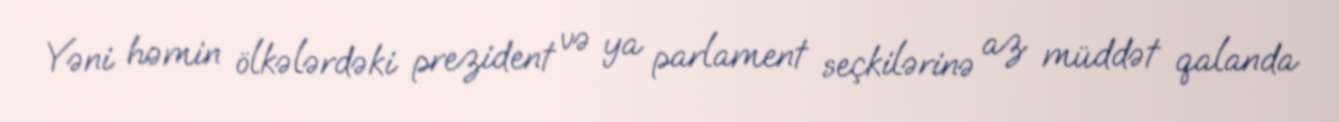
Yəni həmin ölkələrdəki prezident və ya parlament seçkilərinə az müddət qalanda